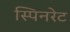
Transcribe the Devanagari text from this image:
स्पिनरेट